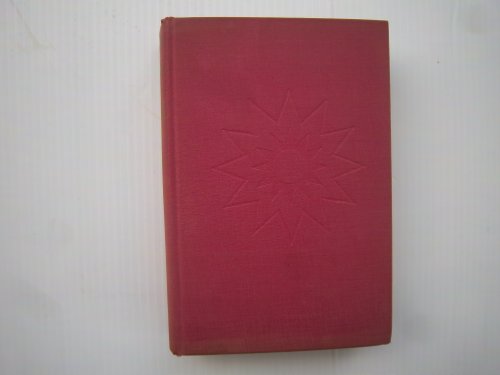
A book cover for Battle Hymn of China; Agnes Smedley; Travel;